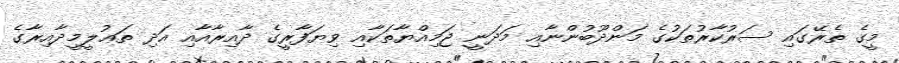
މީގެ ތެރޭގައި ސަރުކާރުތަކުގެ މަންދޫބުންނާއި މަދަނީ ޖަމިއްޔާތަކާއި ވިޔަފާރީގެ ދާއިރާއާއި އަދި ތަޢުލީމީދާއިރާގެ